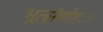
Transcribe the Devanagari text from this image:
भूत्संमोहः।